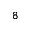
8